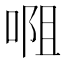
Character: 唨